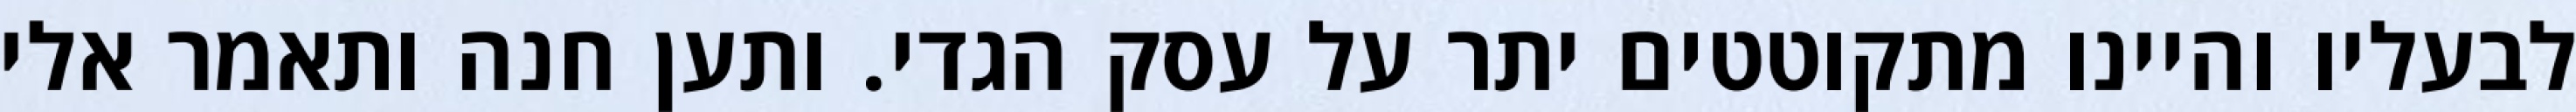
לבעליו והיינו מתקוטטים יתר על עסק הגדי. ותען חנה ותאמר אלי